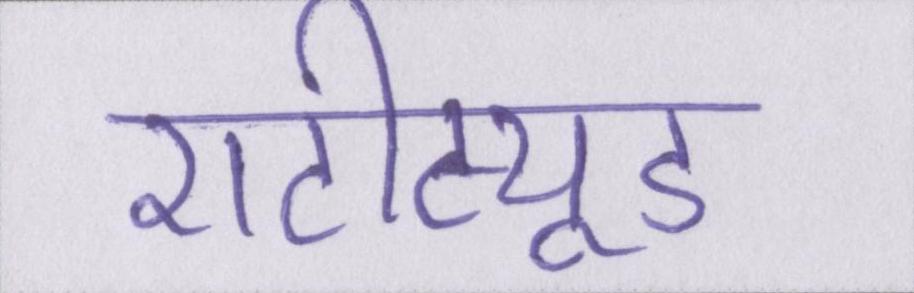
एटीट्यूड